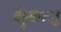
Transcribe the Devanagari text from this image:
वेट्टुकल्लु